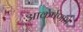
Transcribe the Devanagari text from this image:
आकर्षणाचे